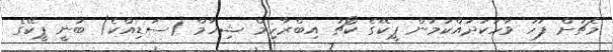
މެޗަށް ފަހު ވާހަކަދައްކަމުން ޕީކޭގެ ކޯޗު އިބްރާހިމް ޝިހާމް (ސަޑިއްކެ) ބުނީ ޕީކޭގެ